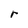
Character: r